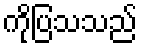
ကိုပြသသည်